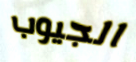
الجيوب